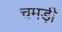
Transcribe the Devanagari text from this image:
चमड़ी